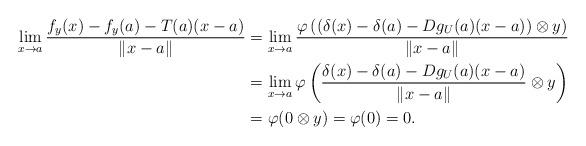
LaTeX: \begin{align*}\lim_{x\to a}\frac{f_y(x)-f_y(a)-T(a)(x-a)}{\left\|x-a\right\|}&=\lim_{x\to a}\frac{\varphi\left((\delta(x)-\delta(a)-Dg_U(a)(x-a))\otimes y\right)}{\left\|x-a\right\|} \\&=\lim_{x\to a}\varphi\left(\frac{\delta(x)-\delta(a)-Dg_U(a)(x-a)}{\left\|x-a\right\|}\otimes y\right) \\&=\varphi(0\otimes y)=\varphi(0)=0.\end{align*}